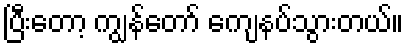
ပြီးတော့ ကျွန်တော် ကျေနပ်သွားတယ်။